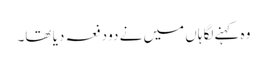
وہ کہنےلگا ہاں میں نے دو دفعہ دیا تھا۔